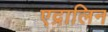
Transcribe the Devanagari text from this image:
एद्रालिन